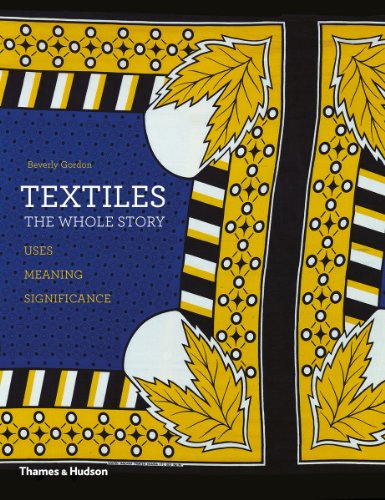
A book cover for Textiles: The Whole Story; Beverly Gordon; Arts & Photography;